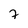
Character: 7